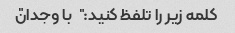
کلمه زیر را تلفظ کنید: "با وجدان"